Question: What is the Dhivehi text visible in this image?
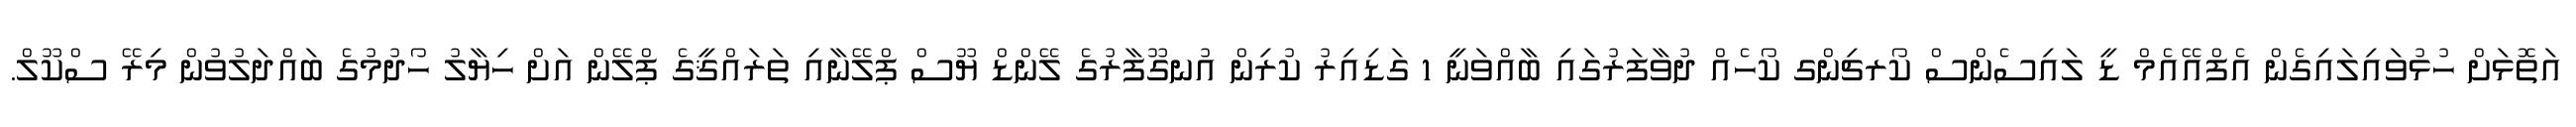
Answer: އަތޮޅަށް ހުޅުވައިލައިގެން އެފްއޭއެމް ޑީ ލައިސެންސް ކޯރޗިންގ ކޯހެއް ދުވާފަރުގައި ބާއްވަނީ 1 ގަޑިއިރު ކުރިން އުނގޫފާރުގެ ލޭންޑް ޔޫސް ޕްލޭނާއި ތަރައްޤީގެ ޕްލޭން އަށް ހިޔާލު ހޯދުމުގެ ބައްދަލުވުން މިރޭ ސްކޫލް.